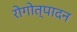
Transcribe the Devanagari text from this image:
रोगोत्पादन